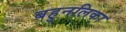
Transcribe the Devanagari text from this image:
बहुनलिका